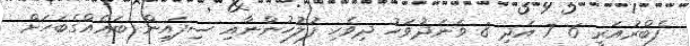
ފެބްރުއަރީ 6 7 އަދި 8 ވަނަދުވަހު ދިވެހި ފުލުހުންނާއި ސިފައިން ބައެއްގެބަހަށް